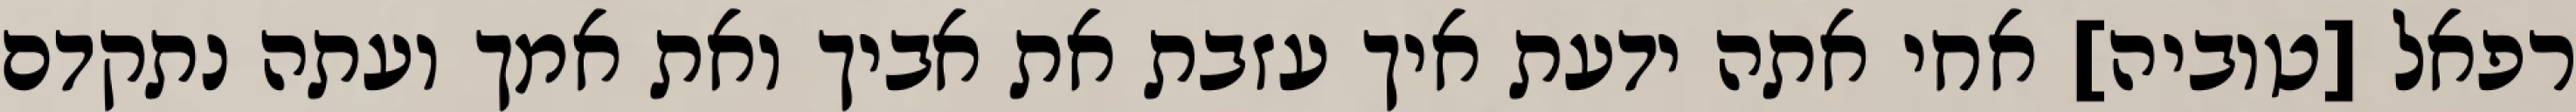
רפאל [טוביה] אחי אתה ידעת איך עזבת את אביך ואת אמך ועתה נתקדם